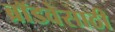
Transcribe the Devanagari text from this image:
ब्रॉडवेसाठी